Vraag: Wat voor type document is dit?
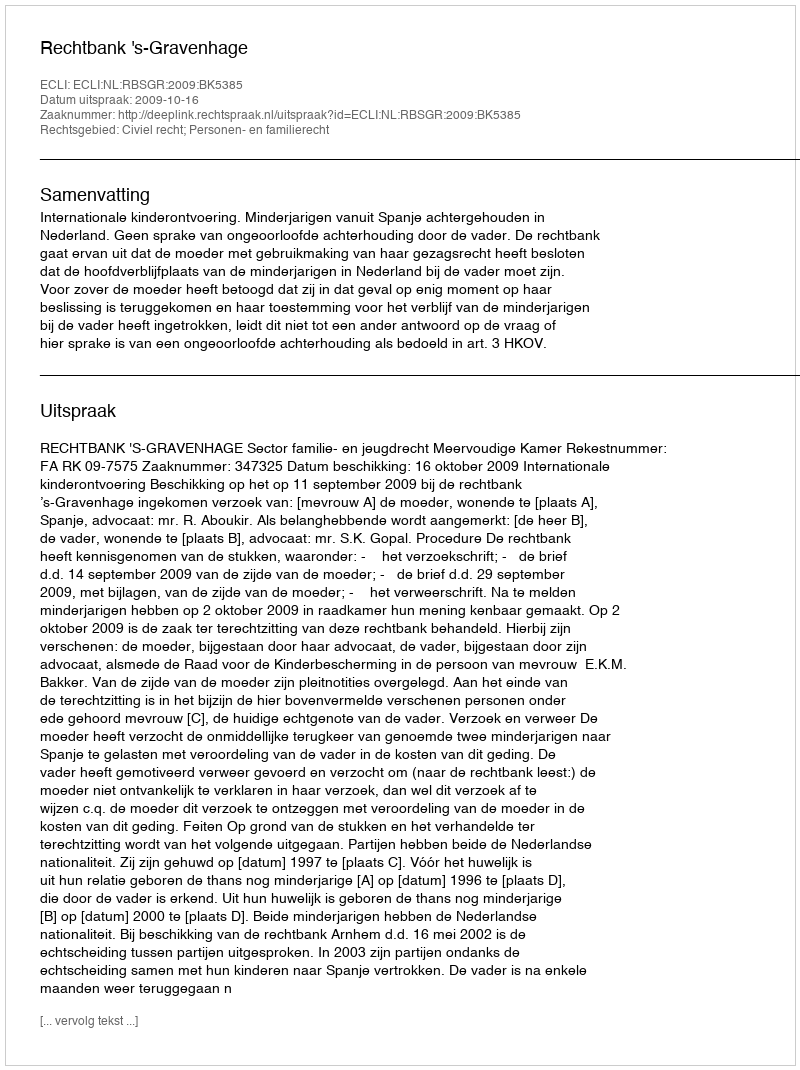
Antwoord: Uitspraak